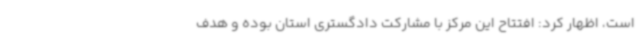
است، اظهار کرد: افتتاح این مرکز با مشارکت دادگستری استان بوده و هدف